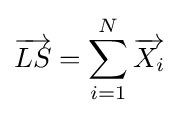
{\overrightarrow {LS}}=\sum _{i=1}^{N}{\overrightarrow {X_{i}}}